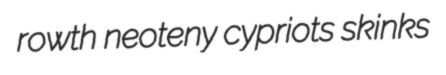
rowth neoteny cypriots skinks